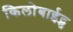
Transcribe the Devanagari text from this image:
किलोबाईट्स